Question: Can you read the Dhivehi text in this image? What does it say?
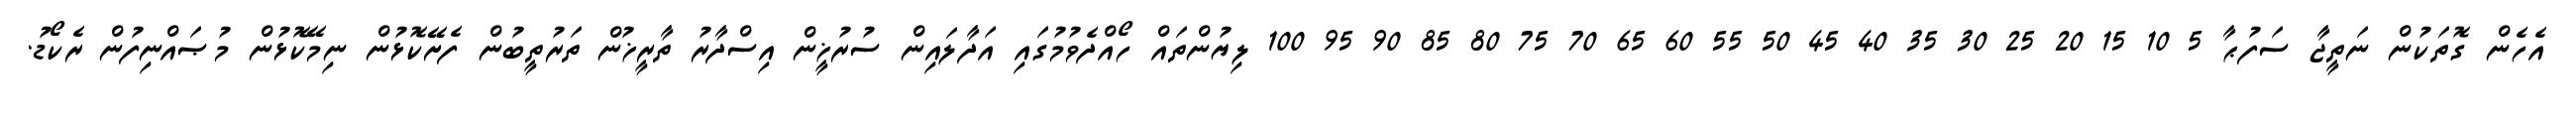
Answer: އެހެން ގޮތަކުން ނަތީޖާ ސަފުޙާ 5 10 15 20 25 30 35 40 45 50 55 60 65 70 75 80 85 90 95 100 ލިޔުންތައް ހޯއްދެވުމުގައި އަދާލައިން ސުރުޚީން އިސްދާރު ތާރީޚުން ތަރުތީބުން ފެށޭކޮޅުން ނިމޭކޮޅުން މުޞައްނިފުން ރެކޯޑު.